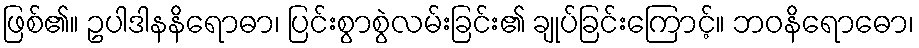
ဖြစ်၏။ ဥပါဒါနနိရောဓာ၊ ပြင်းစွာစွဲလမ်းခြင်း၏ ချုပ်ခြင်းကြောင့်။ ဘဝနိရောဓော၊